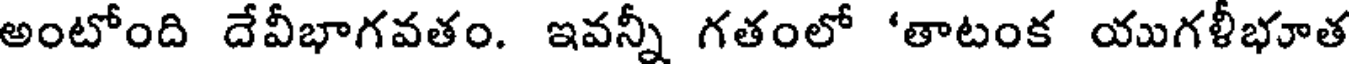
అంటోంది దేవీభాగవతం. ఇవన్నీ గతంలో 'తాటంక యుగళీభూత